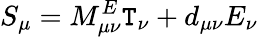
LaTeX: S_{\mu}=M_{\mu\nu}^{E}\mathtt{T}_{\nu}+d_{\mu\nu}E_{\nu}